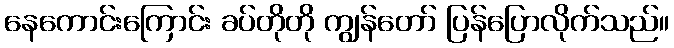
နေကောင်းကြောင်း ခပ်တိုတို ကျွန်တော် ပြန်ပြောလိုက်သည်။